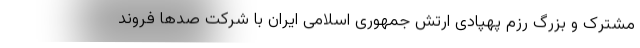
مشترک و بزرگ رزم پهپادی ارتش جمهوری اسلامی ایران با شرکت صدها فروند